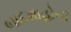
બાદશાહોની